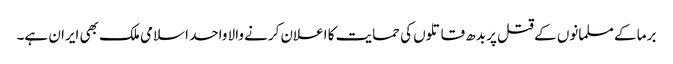
برما کے مسلمانوں کے قتل پر بدھ قاتلوں کی حمایت کا اعلان کرنے والا واحد اسلامی ملک بھی ایران ہے۔